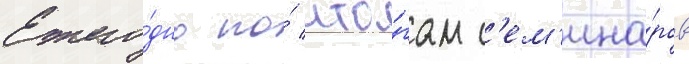
Ежего́дно по́ ито́гам с'ем'ина́ров